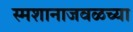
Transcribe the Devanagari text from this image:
स्मशानाजवळच्या